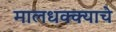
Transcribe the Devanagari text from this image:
मालधक्क्याचे